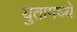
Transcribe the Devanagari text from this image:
युतामध्ये